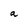
Character: a